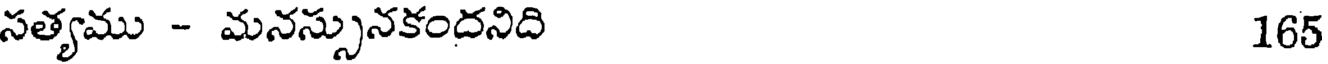
సత్యము - మనస్సునకందనిది 165